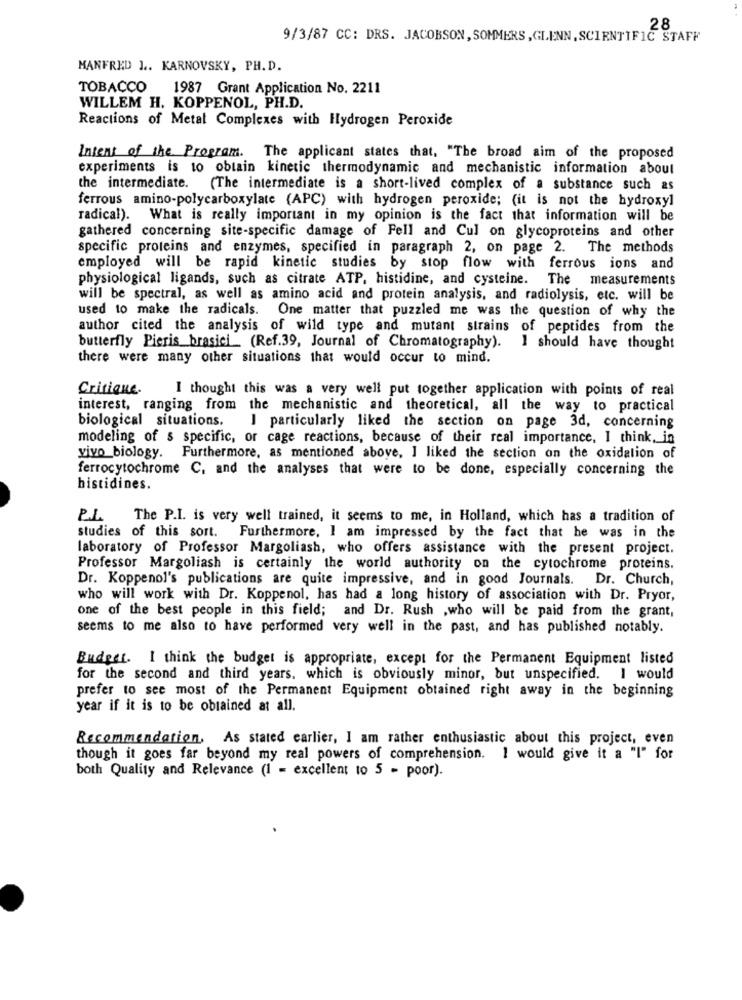
.. 28
9/3/87 CC: DRS. JACOBSON, SOMMERS , GLENN, SCIENTIFIC STAFF
MANFRED 1 .. KARNOVSKY, PH.D.
TOBACCO 1987 Grant Application No. 2211
WILLEM H. KOPPENOL, PH.D.
Reactions of Metal Complexes with Hydrogen Peroxide
Intent of the Program. The applicant states that, "The broad aim of the proposed
experiments is to obtain kinetic thermodynamic and mechanistic information about
the intermediate. (The intermediate is a short-lived complex of a substance such as
ferrous amino-polycarboxylate (APC) with hydrogen peroxide; (it is not the hydroxy]
radical). What is really important in my opinion is the fact that information will be
gathered concerning site-specific damage of Fell and Cul on glycoproteins and other
specific proteins and enzymes, specified in paragraph 2, on page 2. The methods
employed will be rapid kinetic studies by stop flow with ferrous ions and
physiological ligands, such as citrate ATP, histidine, and cysteine. The measurements
will be spectral, as well as amino acid and protein analysis, and radiolysis, etc. will be
used to make the radicals. One matter that puzzled me was the question of why the
author cited the analysis of wild type and mutant strains of peptides from the
butterfly Pieris brasici_ (Ref.39, Journal of Chromatography).
I should have thought
there were many other situations that would occur to mind.
Critique.
I thought this was a very well put together application with points of real
interest, ranging from the mechanistic and theoretical, all the way to practical
biological situations.
I particularly liked the section on page 3d, concerning
modeling of s specific, or cage reactions, because of their real importance, I think. in
vivo_biology. Furthermore, as mentioned above, I liked the section on the oxidation of
ferrocytochrome C, and the analyses that were to be done, especially concerning the
histidines.
P.L. The P.I. is very well trained, it seems to me, in Holland, which has a tradition of
studies of this sort. Furthermore, I am impressed by the fact that he was in the
laboratory of Professor Margoliash, who offers assistance with the present project.
Professor Margoliash is certainly the world authority on the cytochrome proteins.
Dr. Koppenol's publications are quite impressive, and in good Journals. Dr. Church,
who will work with Dr. Koppenol, has had a long history of association with Dr. Pryor,
one of the best people in this field; and Dr. Rush ,who will be paid from the grant,
seems to me also to have performed very well in the past, and has published notably.
Budget. I think the budget is appropriate, except for the Permanent Equipment listed
for the second and third years. which is obviously minor, but unspecified. I would
prefer to see most of the Permanent Equipment obtained right away in the beginning
year if it is to be obtained at all.
Recommendation, As stated earlier, I am rather enthusiastic about this project, even
though it goes far beyond my real powers of comprehension. I would give it a "I" for
both Quality and Relevance (I = excellent to 5 - poor).